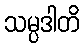
သမ္ပဒါတိ